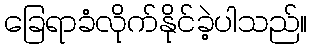
ခြေရာခံလိုက်နိုင်ခဲ့ပါသည်။